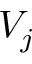
V _ { j }